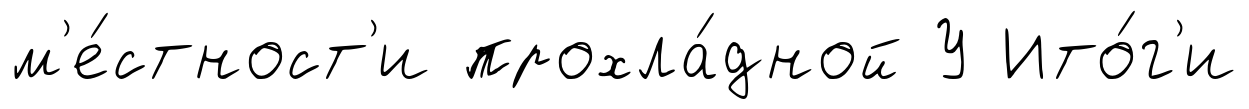
м'е́стност'и прохла́дной У Ито́г'и